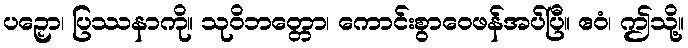
ပဉှော၊ ပြဿနာကို။ သုဝိဘတ္တော၊ ကောင်းစွာဝေဖန်အပ်ပြီ။ ဧဝံ၊ ဤသို့။